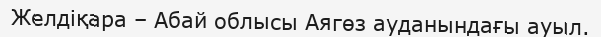
Желдіқара – Абай облысы Аягөз ауданындағы ауыл.